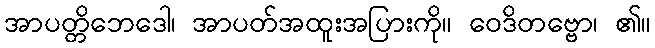
အာပတ္တိဘေဒေါ၊ အာပတ်အထူးအပြားကို။ ဝေဒိတဗ္ဗော၊ ၏။